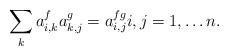
LaTeX: \begin{align*}\sum_k a^f_{i,k}a^g_{k,j} = a^{fg}_{i,j} i,j=1,\ldots n.\end{align*}